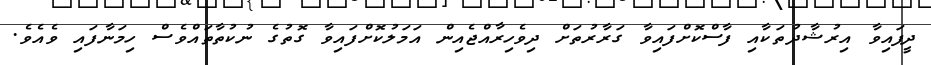
ދީފައިވާ އިރުޝާދުތަކާއި ފާސްކޮށްފައިވާ ގަރާރުތަށް ދިވެހިރާއްޖެއިން އަމަލުކޮށްފައިވާ ގޮތުގެ ނުކުތާތައްވެސް ހިމަނާފައި ވެއެވެ.